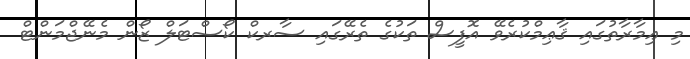
މި ޢިމާރާތުގައި ޤާޢިމްކުރެވޭ އޮފީސް ތަކުގެ ތެރޭގައި ސާރކް ކޯސްޓަލް ޒޯން މެނޭޖްމަންޓް